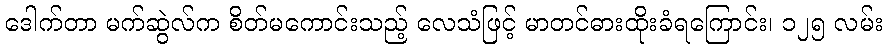
ဒေါက်တာ မက်ဆွဲလ်က စိတ်မကောင်းသည့် လေသံဖြင့် မာတင်ဓားထိုးခံရကြောင်း၊ ၁၂၅ လမ်း